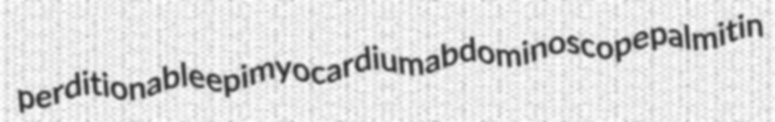
perditionable epimyocardium abdominoscope palmitin